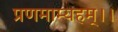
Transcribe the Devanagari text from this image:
प्रणमाम्यहम्।।